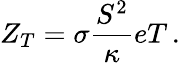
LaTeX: Z_{T}=\sigma\frac{S^{2}}{\kappa}eT\, .